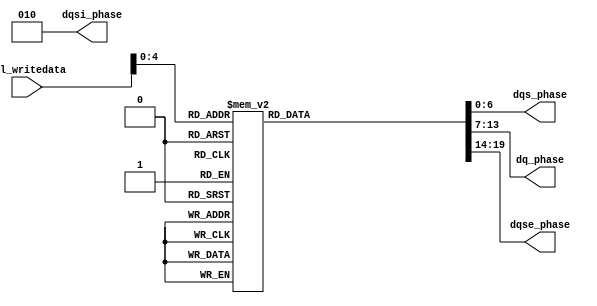
module sequencer_scc_sv_phase_decode
    # (parameter
    AVL_DATA_WIDTH          =   32,
    DLL_DELAY_CHAIN_LENGTH  =   6
    )
    (
    avl_writedata,
	dqsi_phase,	
    dqs_phase,	
    dq_phase,	
    dqse_phase
);
	input [AVL_DATA_WIDTH - 1:0] avl_writedata;
	output [2:0] dqsi_phase;	
	output [6:0] dqs_phase;	
	output [6:0] dq_phase;	
	output [5:0] dqse_phase;
	reg [2:0] dqsi_phase;
	reg [6:0] dqs_phase;
	reg [6:0] dq_phase;
	reg [5:0] dqse_phase;
	always @ (*) begin
		dqsi_phase = 3'b010;
		dqs_phase  = 7'b1110110;
		dq_phase   = 7'b0110100;
		dqse_phase = 6'b000110;
		case (avl_writedata[4:0])
		5'b00000: 
			begin
				dqs_phase  = 7'b0010110;
				dq_phase   = 7'b1000110;
				dqse_phase = 6'b000010;
			end
		5'b00001: 
			begin
				dqs_phase  = 7'b0110110;
				dq_phase   = 7'b1100110;
				dqse_phase = 6'b000011;
			end
		5'b00010: 
			begin
				dqs_phase  = 7'b1010110;
				dq_phase   = 7'b0010110;
				dqse_phase = 6'b000100;
			end
		5'b00011: 
			begin
				dqs_phase  = 7'b1110111;
				dq_phase   = 7'b0110110;
				dqse_phase = 6'b000101;
			end
		5'b00100: 
			begin
				dqs_phase  = 7'b0000111;
				dq_phase   = 7'b1010110;
				dqse_phase = 6'b000110;
			end
		5'b00101: 
			begin
				dqs_phase  = 7'b0100111;
				dq_phase   = 7'b1110111;
				dqse_phase = 6'b001111;
			end
		5'b00110: 
			begin
				dqs_phase  = 7'b1001000;
				dq_phase   = 7'b0000111;
				dqse_phase = 6'b001000;
			end
		5'b00111: 
			begin
				dqs_phase  = 7'b1101000;
				dq_phase   = 7'b0100111;
				dqse_phase = 6'b001001;
			end
		5'b01000: 
			begin
				dqs_phase  = 7'b0011000;
				dq_phase   = 7'b1001000;
			end
		5'b01001: 
			begin
				dqs_phase  = 7'b0111000;
				dq_phase   = 7'b1101000;
			end
		5'b01010: 
			begin
				dqs_phase  = 7'b1011000;
				dq_phase   = 7'b0011000;
			end
		5'b01011: 
			begin
				dqs_phase  = 7'b1111001;
				dq_phase   = 7'b0111000;
			end
		5'b01100: 
			begin
				dqs_phase  = 7'b0001001;
				dq_phase   = 7'b1011000;
			end
		5'b01101: 
			begin
				dqs_phase  = 7'b0101001;
				dq_phase   = 7'b1111001;
			end
		5'b01110: 
			begin
				dqs_phase  = 7'b1001010;
				dq_phase   = 7'b0001001;
			end
		5'b01111: 
			begin
				dqs_phase  = 7'b1101010;
				dq_phase   = 7'b0101001;
			end
		5'b10000: 
			begin
				dqs_phase  = 7'b0011010;
				dq_phase   = 7'b1001010;
			end
		5'b10001: 
			begin
				dqs_phase  = 7'b0111010;
				dq_phase   = 7'b1101010;
			end
		5'b10010: 
			begin
				dqs_phase  = 7'b1011010;
				dq_phase   = 7'b0011010;
			end
		5'b10011: 
			begin
				dqs_phase  = 7'b1111011;
				dq_phase   = 7'b0111010;
			end
		5'b10100: 
			begin
				dqs_phase  = 7'b0001011;
				dq_phase   = 7'b1011010;
			end
		5'b10101: 
			begin
				dqs_phase  = 7'b0101011;
				dq_phase   = 7'b1111011;
			end
		default : begin end
		endcase
	end
endmodule